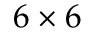
6 \times 6